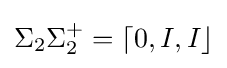
\Sigma _{2}\Sigma _{2}^{+}=\lceil 0,I,I\rfloor